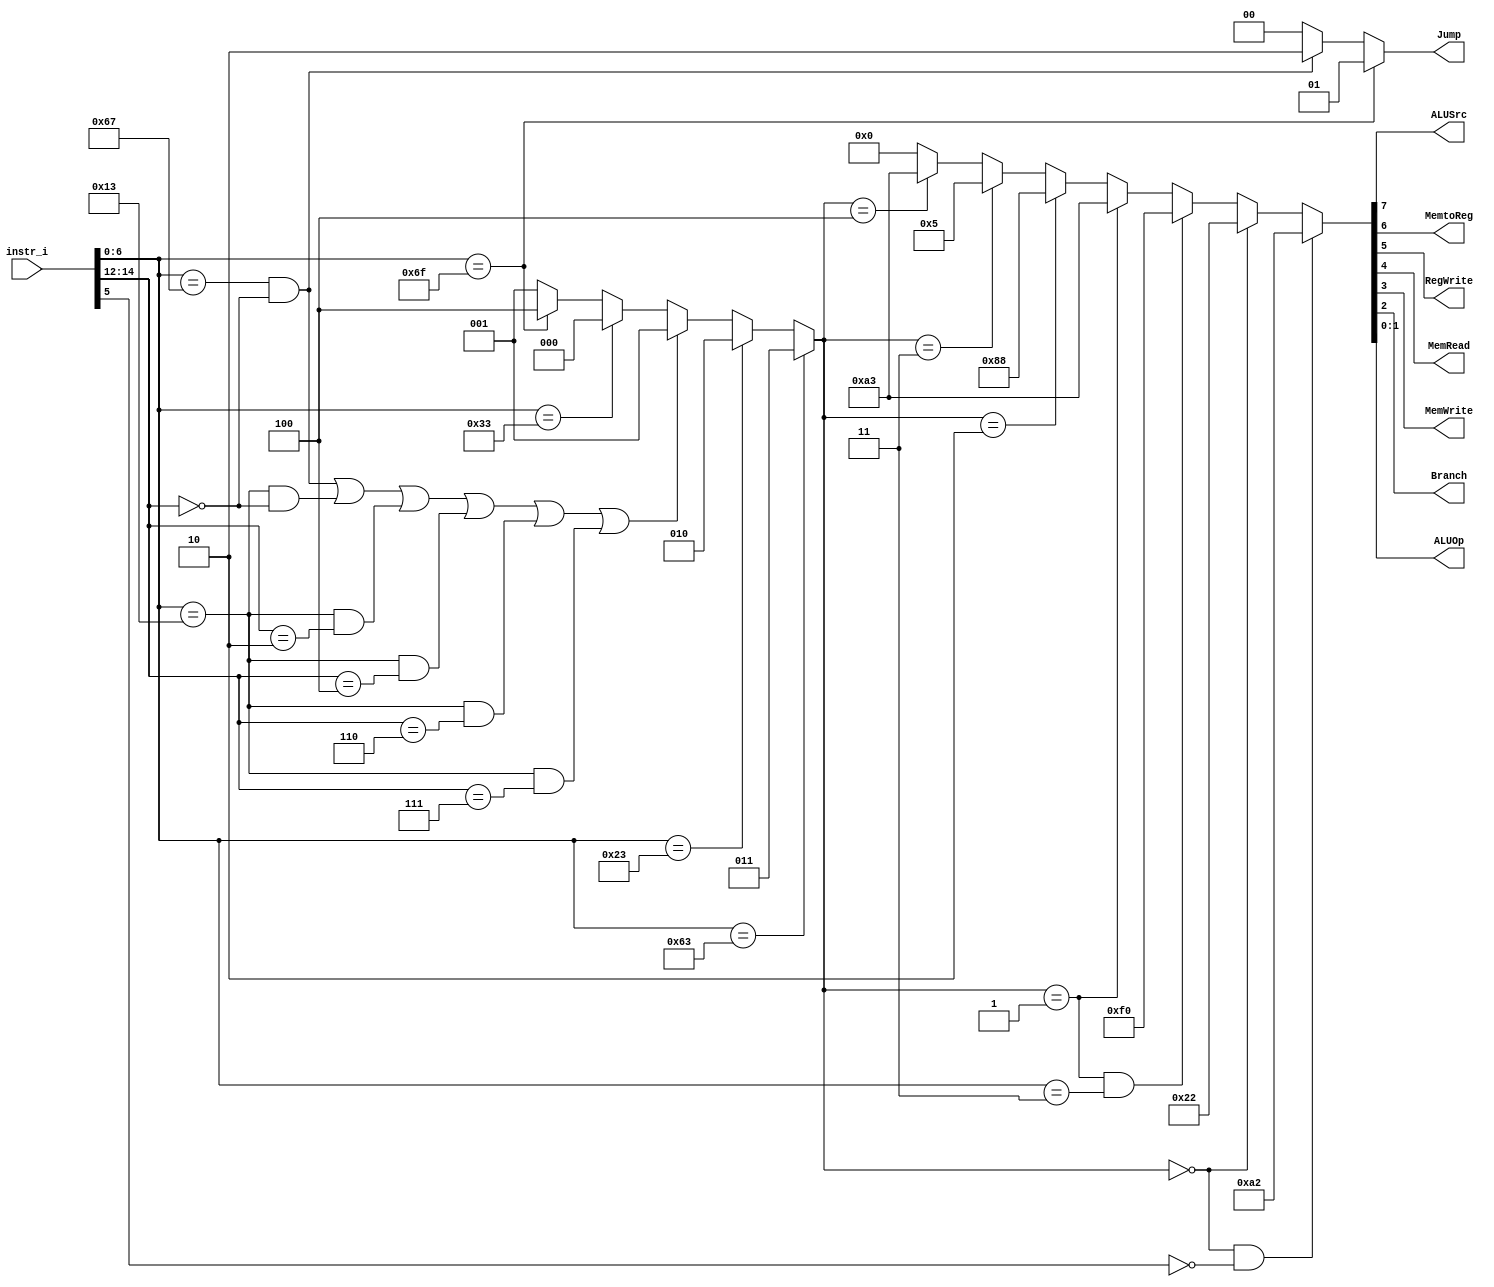
/***************************************************
Student Name: 
Student ID: 
***************************************************/

`timescale 1ns/1ps

module Decoder(
	input [31:0] 	instr_i,
	output          ALUSrc,
	output          MemtoReg,
	output          RegWrite,
	output          MemRead,
	output          MemWrite,
	output          Branch,
	output [1:0]	ALUOp,
	output [1:0]	Jump
	);

//Internal Signals

wire	[7-1:0]		opcode;
wire 	[3-1:0]		funct3;
wire	[3-1:0]		Instr_field;
wire	[9-1:0]		Ctrl_o;

assign opcode = instr_i[6:0];
assign funct3 = instr_i[14:12];

// Check Instr. Field
// 0:R-type, 1:I-type, 2:S-type, 3:B-type, 4:J-type	-- JAL			 
assign Instr_field = (opcode==7'b1100011)?3:(
                     (opcode==7'b0100011)?2:((
					 (opcode==7'b1100111 && funct3==3'b000) ||	//JALR
                     (opcode==7'b0010011 && funct3==3'b000) ||	//ADDI
					 (opcode==7'b0010011 && funct3==3'b010) ||	//SLTI
					 (opcode==7'b0010011 && funct3==3'b100) ||	//XORI
					 (opcode==7'b0010011 && funct3==3'b110) ||	//ORI
					 (opcode==7'b0010011 && funct3==3'b111))?1:(//ANDI
					 (opcode==7'b0110011)?0:(
					 (opcode==7'b1101111)?4:
					 1))));
					 
assign Ctrl_o = (Instr_field==0 && opcode[5]==0)?9'b010100010:(
				(Instr_field==0)?9'b000100010:(
				(Instr_field==1 && opcode==7'b0000011)?9'b011110000:( //LW
				(Instr_field==1)?9'b010100011:(
				(Instr_field==2)?9'b010001000:(
				(Instr_field==3)?9'b000000101:(
				(Instr_field==4)?9'b010100011:(//JAL
				0)))))));


assign Jump = (opcode==7'b1101111)?2'b01:((opcode==7'b1100111 && funct3==3'b000)?2'b10:2'b00);				
assign ALUSrc 	= Ctrl_o[7];
assign RegWrite = Ctrl_o[5];
assign Branch	= Ctrl_o[2];
assign ALUOp 	= {Ctrl_o[1:0]};
assign MemWrite = Ctrl_o[3];
assign MemRead = Ctrl_o[4];
assign MemtoReg = Ctrl_o[6];   // 4 or 6

/*
always @ (*) begin
  $display("instruction = %32b",
        instr_i
   );
end
*/

endmodule